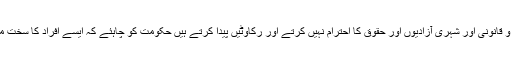
جو لوگ اور گروہ کسی مسلک ومکتب کی مذہبی و قانونی اور شہری آزادیوں اور حقوق کا احترام نہیں کرتے اور رکاوٹیں پیدا کرتے ہیں حکومت کو چاہئے کہ ایسے افراد کا سخت محاسبہ کرے اور انہیں قانون کے مطابق سزا دے۔